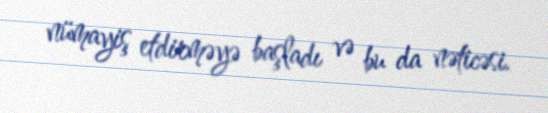
nümayiş etdirməyə başladı və bu da nəticəsi.